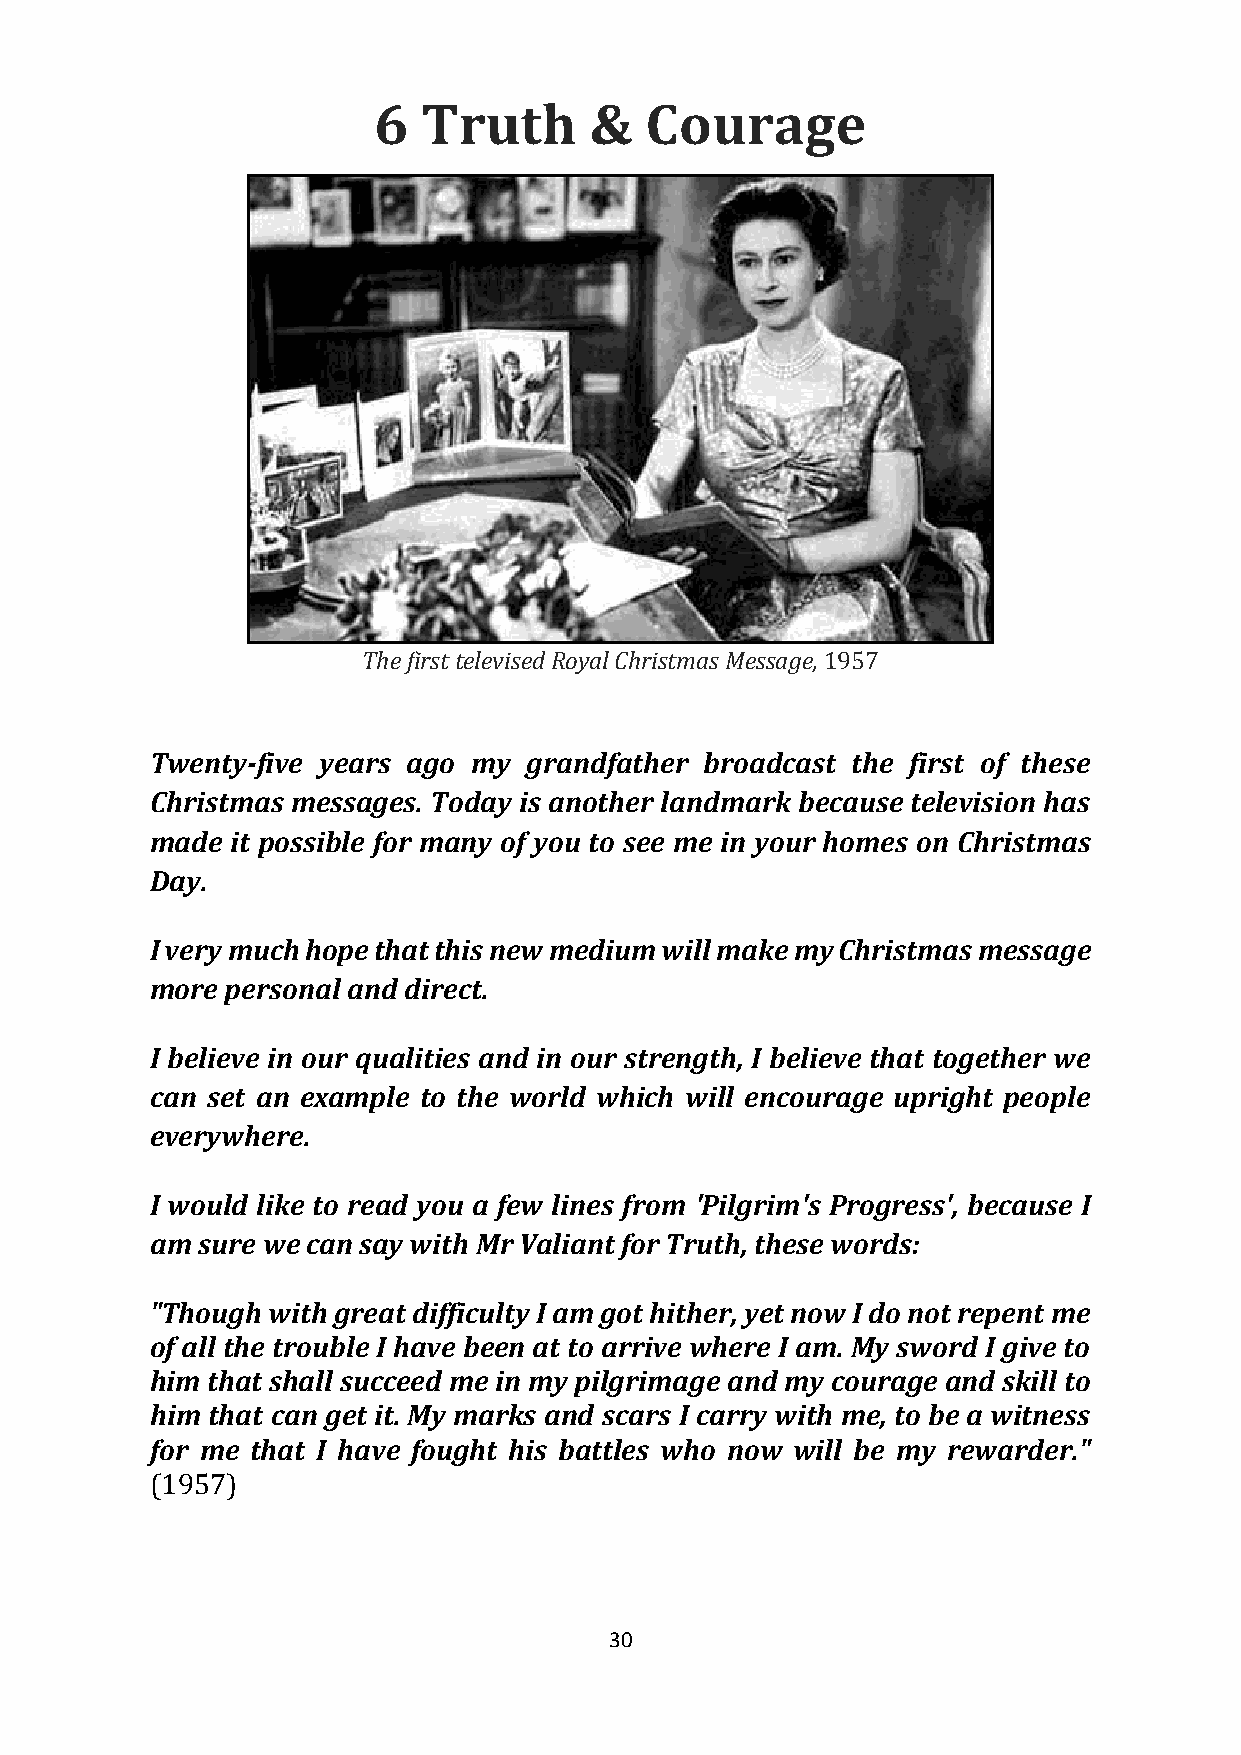
6  Truth      &   Courage
 The first televised Royal Christmas Message, 1957
 Twenty-five years ago my grandfather broadcast the first of these
 Christmas messages. Today is another landmark because television has
 made it possible for many of you to see me in your homes on Christmas
 Day.
 I very much hope that this new medium will make my Christmas message
 more personal and direct.
 I believe in our qualities and in our strength, I believe that together we
 can set an example to the world which will encourage upright people
 everywhere.
 I would like to read you a few lines from 'Pilgrim's Progress', because I
 am sure we can say with Mr Valiant for Truth, these words:
 "Though with great difficulty I am got hither, yet now I do not repent me
 of all the trouble I have been at to arrive where I am. My sword I give to
 him that shall succeed me in my pilgrimage and my courage and skill to
 him that can get it. My marks and scars I carry with me, to be a witness
 for me that I have fought his battles who now will be my rewarder."
 (1957)
 30